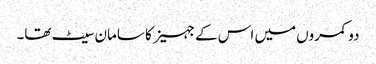
دو کمروں میں اس کے جہیز کا سامان سیٹ تھا۔